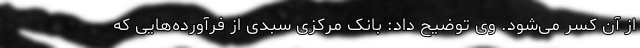
از آن کسر می‌شود. وی توضیح داد: بانک مرکزی سبدی از فرآورده‌هایی که